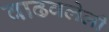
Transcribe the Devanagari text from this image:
वाढवलेली